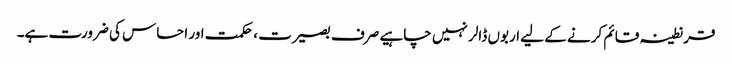
قرنطینہ قائم کرنے کے لیے اربوں ڈالر نہیں چاہیے صرف بصیرت ، حکمت اور احساس کی ضرورت ہے۔